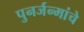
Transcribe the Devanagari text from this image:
पुनर्जन्मांचे